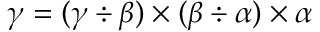
\gamma = ( \gamma \div \beta ) \times ( \beta \div \alpha ) \times \alpha